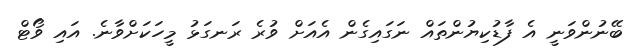
ބޭނުންވަނީ އެ ފާޑުކިޔުންތައް ނަގައިގެން އެއަށް ވުރެ ރަނގަޅު މީހަކަށްވާނެ. އައި ވޯޓް